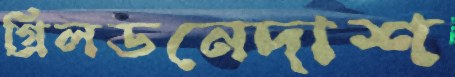
গ্রিলডনেদাশ